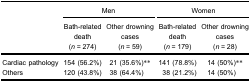
| <ROWSPAN=3>  | <COLSPAN=2> Men | <COLSPAN=2> Women |
 | Bath-related death(n = 274) | Other drowning cases(n = 59) | Bath-related death(n = 179) | Other drowning cases(n = 28) |
 | --- | --- | --- | --- | --- |
 | Cardiac pathology | 154 (56.2%) | 21 (35.6%)** | 141 (78.8%) | 14 (50%)** |
 | Others | 120 (43.8%) | 38 (64.4%) | 38 (21.2%) | 14 (50%) |